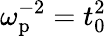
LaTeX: \omega_{\mathrm{p}}^{-2}=t_{0}^{2}